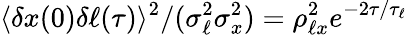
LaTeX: \langle\delta x(0)\delta\ell(\tau)\rangle^{2}/(\sigma_{\ell}^{2}\sigma_{x}^{2})=\rho_{\ell x}^{2}e^{-2\tau/\tau_{\ell}}